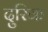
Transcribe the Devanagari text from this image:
दुरिक